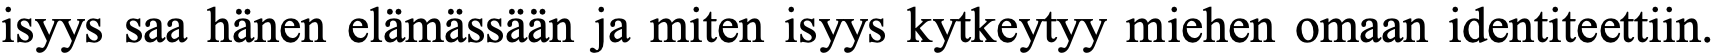
isyys saa hänen elämässään ja miten isyys kytkeytyy miehen omaan identiteettiin.